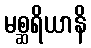
မစ္ဆရိယာနိ